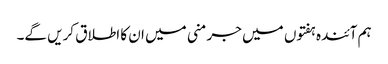
ہم آئندہ ہفتوں میں جرمنی میں ان کا اطلاق کریں گے۔